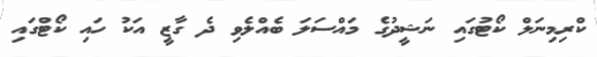
ކްރިމިނަލް ކޯޓުގައި ނަޝީދުގެ މައްސަލަ ބެއްލެވި ދެ ގާޒީ އަކު ހައި ކޯޓްގައި